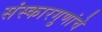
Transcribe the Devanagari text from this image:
संस्कारगुणांचे